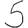
Digit: 5